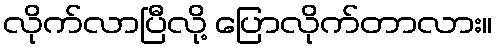
လိုက်လာပြီလို့ ပြောလိုက်တာလား။